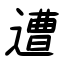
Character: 遭